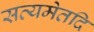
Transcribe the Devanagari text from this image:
सत्यमेतदि